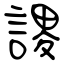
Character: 謖